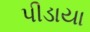
પીડાયા